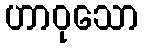
ဟာဝုသော